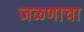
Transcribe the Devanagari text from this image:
जळणाचा